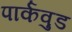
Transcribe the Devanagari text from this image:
पार्कवुड